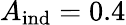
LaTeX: A_{\mathrm{ind}}=0.4